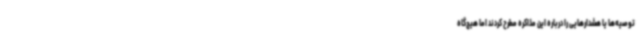
توصیه‌ها یا هشدارهایی را درباره این مذاکره مطرح کردند اما هیچ‌گاه